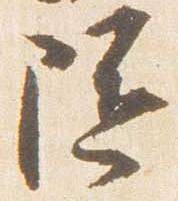
随